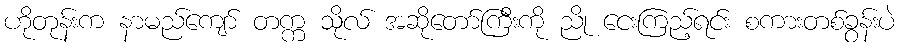
ဟိုတုန်းက နာမည်ကျော် တက္က သိုလ် အဆိုတော်ကြီးကို ညို ငေးကြည့်ရင်း စကားတစ်ခွန်းပဲ